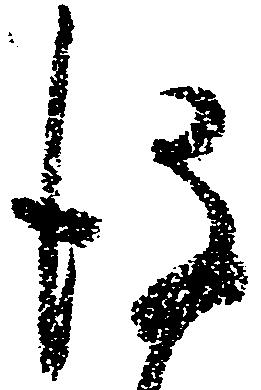
後